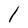
Character: l